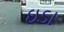
ઇડા